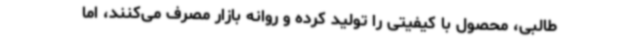
طالبی، محصول با کیفیتی را تولید کرده و روانه بازار مصرف می‌کنند، اما